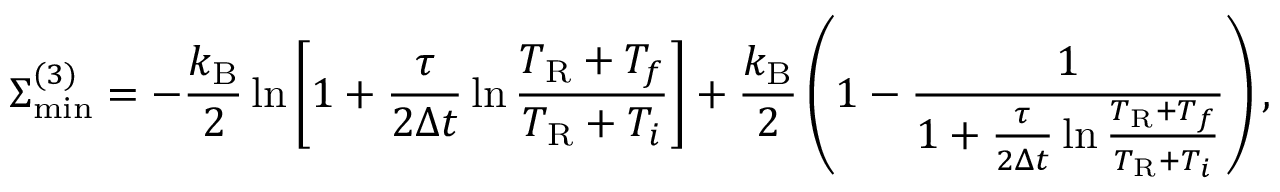
\Sigma _ { \mathrm { m i n } } ^ { ( 3 ) } = - \frac { k _ { \mathrm { B } } } { 2 } \ln \left[ 1 + \frac { \tau } { 2 \Delta t } \ln \frac { T _ { \mathrm { R } } + T _ { f } } { T _ { \mathrm { R } } + T _ { i } } \right] + \frac { k _ { \mathrm { B } } } { 2 } \left( 1 - \frac { 1 } { 1 + \frac { \tau } { 2 \Delta t } \ln \frac { T _ { \mathrm { R } } + T _ { f } } { T _ { \mathrm { R } } + T _ { i } } } \right) ,